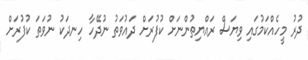
ދުރު މީހެއްކަމުގައި ވިޔަސް ރައްޔިތުންނަށް ކުފުރަށް ދައުވަތު ނުދޭހާ ހިނދަކު ނުވަތަ ކުފުރަށް